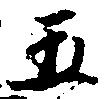
五